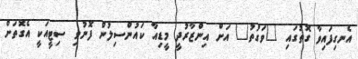
އެނގިފައިވާ ގޮތުގައި "ވަގުތު" އަށް އިންޒާރުދީ މީޑިއާ ކައުންސިލުން ފޮނުވި ސިޓީއަކީ އެގޮތަށް